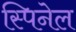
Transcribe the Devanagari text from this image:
स्पिनेल